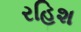
રહિશ